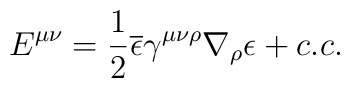
E^{\mu\nu}=\frac{1}{2}\overline{\epsilon}\gamma^{\mu\nu\rho}\nabla_\rho\epsilon +c.c.